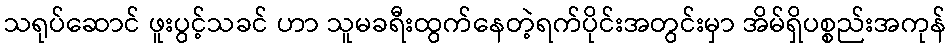
သရုပ်ဆောင် ဖူးပွင့်သခင် ဟာ သူမခရီးထွက်နေတဲ့ရက်ပိုင်းအတွင်းမှာ အိမ်ရှိပစ္စည်းအကုန်